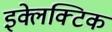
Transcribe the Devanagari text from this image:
इक्लेक्टिक